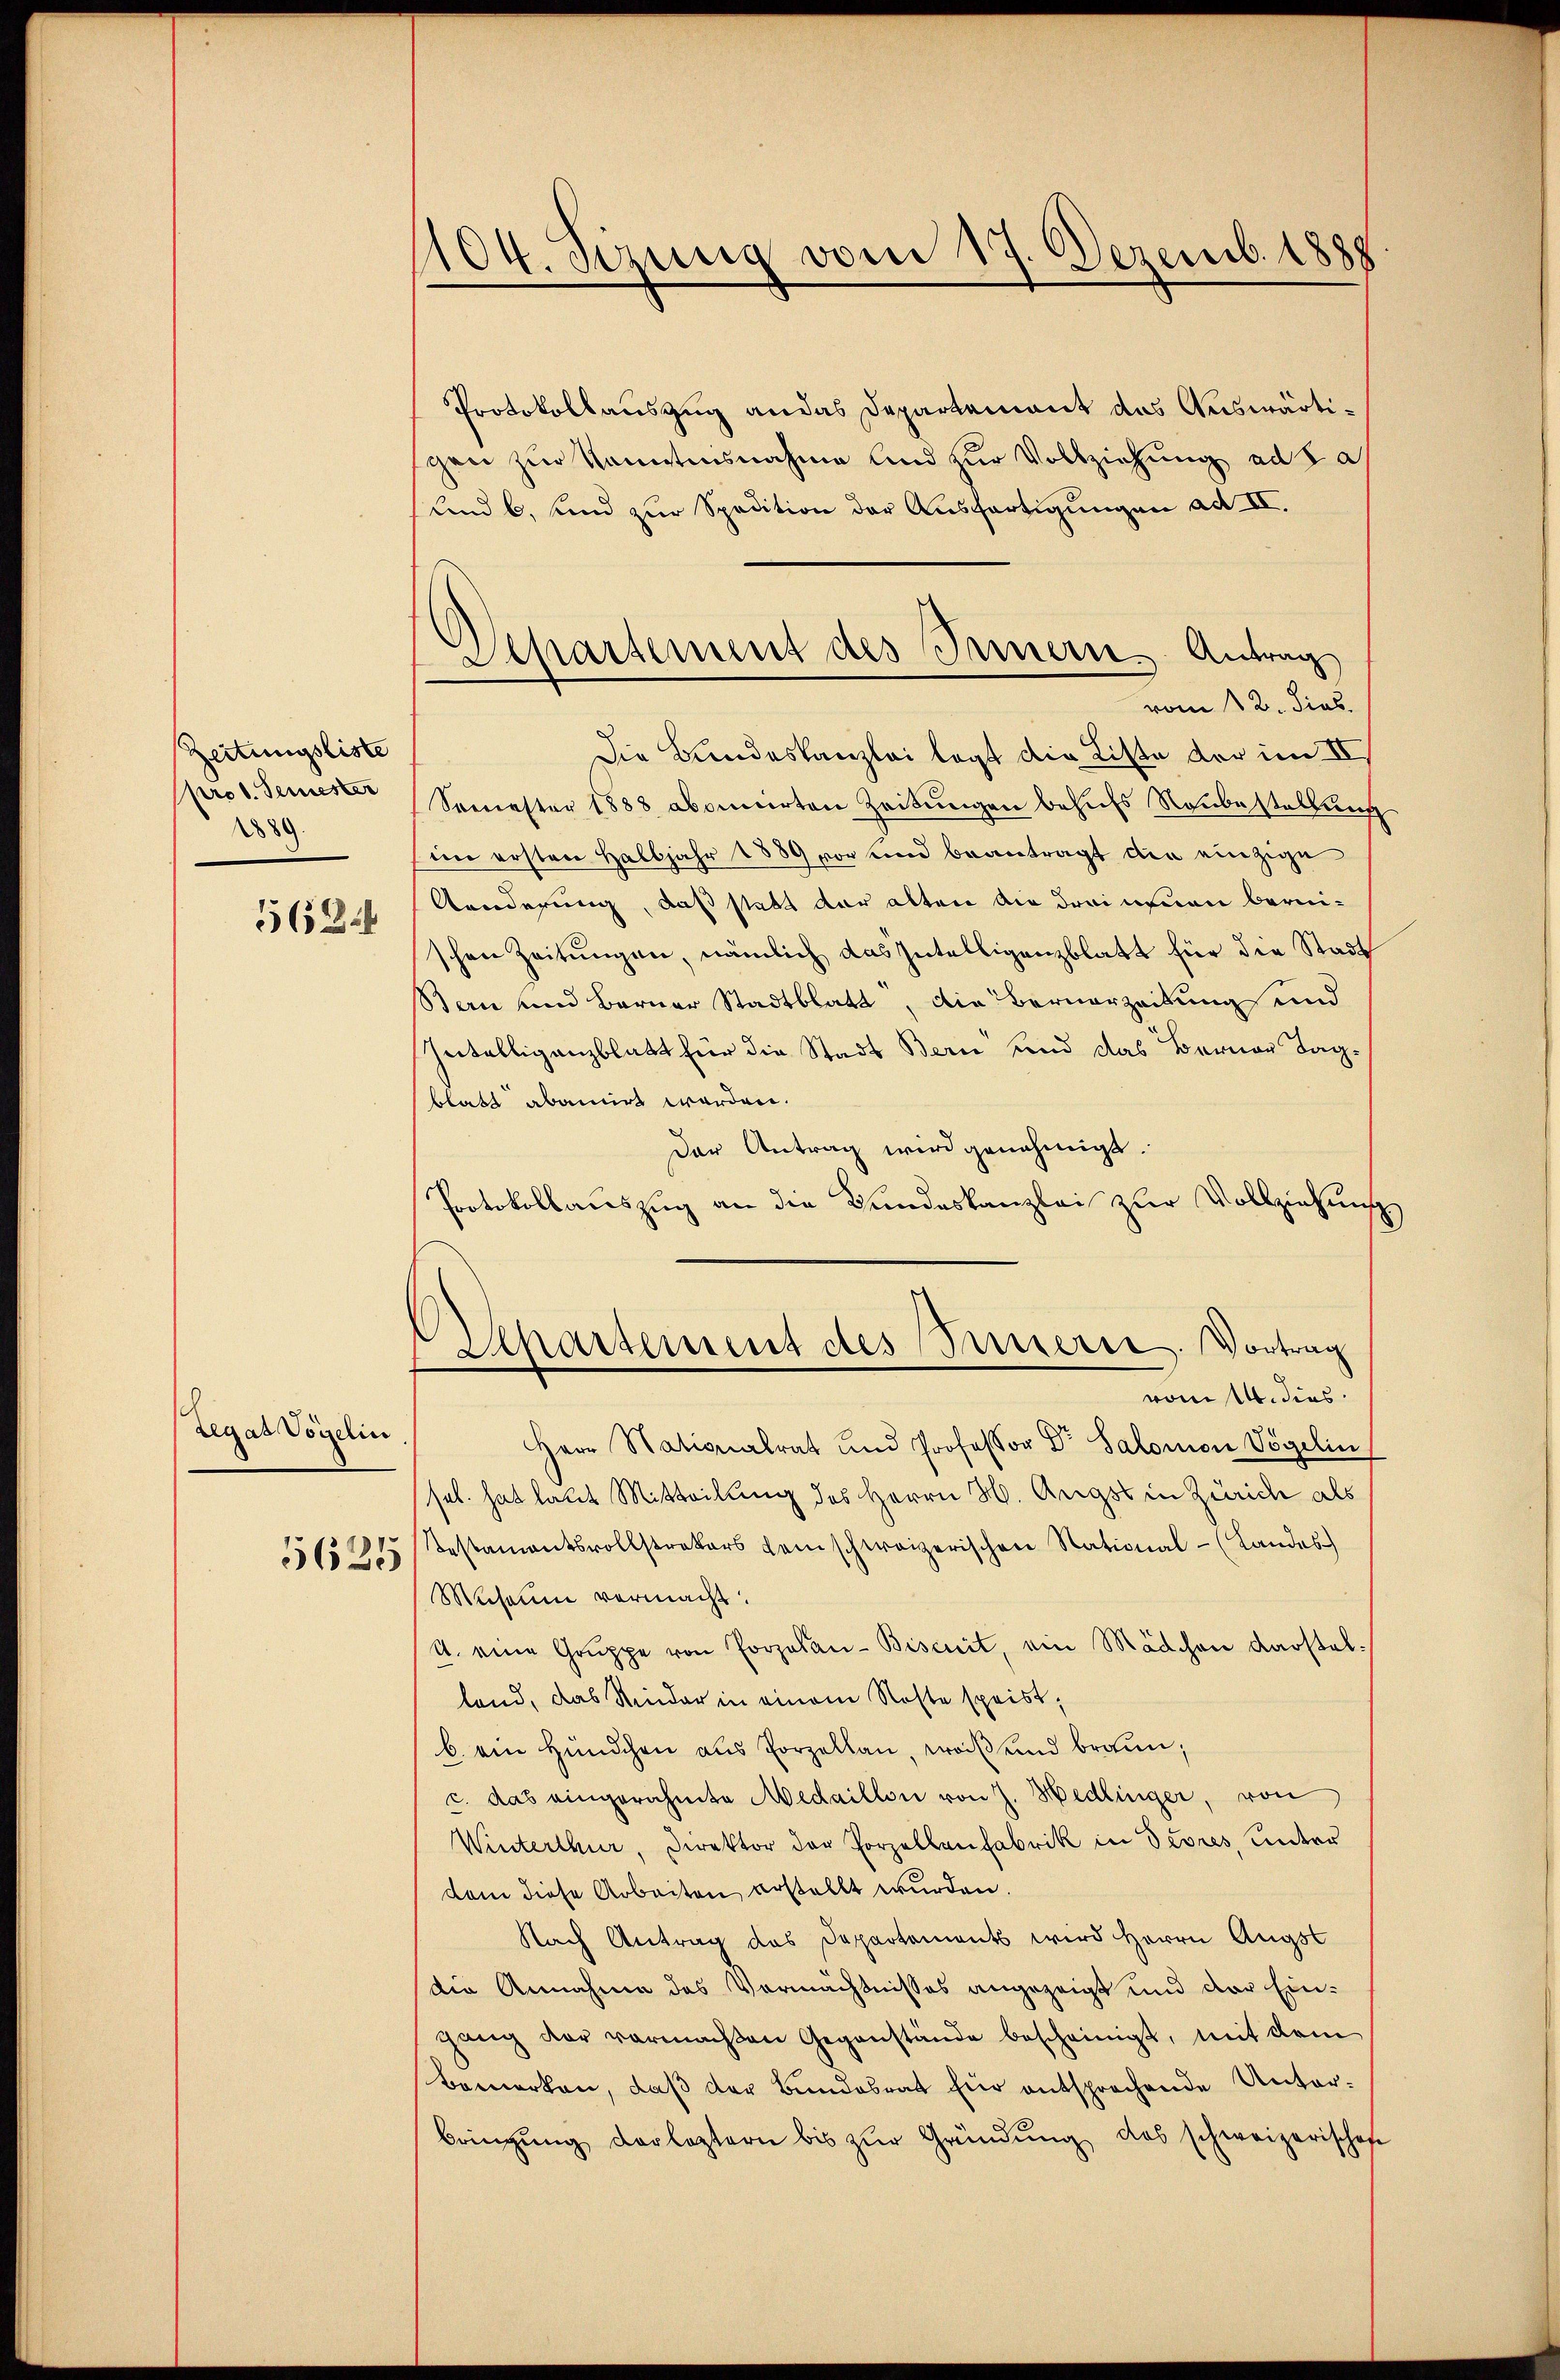
Zeitungsliste
pro 1. Semester
2889.
5624

Legat Vogelin
5625

104. Sizung vom 17. Dezemb. 1888

Protokollauszug an das Departement das Auswärtigen zur konntensnahme und zur Vollziehung ad Sa
und b. und zur Spedition der Ausfertigungen ad II.
Die Bandeskanzlei legt die Liste der im II
Semester 1888 abonnirten Zeitungen behufs Neubestellung
im ersten Halbjahr 1889 vor und beantragt die einzige
Aenderung, daß statt der alten die drei neuen bernischen Zeitungen, nämlich das Intelligenzblatt für die Stadt
Bern und Berner Stadtblatt, die Bernerzeitung und
Intelligenzblatt für die Stadt Bern und das Berner Tagblatt abamirt werden.
Der Antrag wird genehmigt.
Protokollauszug an die Bundeskanzlei zur Vollziehung
Apartement des Priserie. Vortrag
vom 14. dies
Herr Stationalrat und Professor Dr Salomon Vögelin
sel. hat laut Mitteilung des Herrn H. Angst in Zürich als
Testamentsvollstrekers dem schweizerischen National- (Landes
Michaum vermacht:
A. eine Gruppe von Porzelan-Bisenit, ein Mädchen darstelland, das Kinder in einem Neste speist;
b. ein Hündchen aus Porzellan, weiß und braun,
c. das eingerahmte Medaillon von J. Hedlinger, von
Winterthur, Direktor der Porzellenfabrik in Divres, unter
dem diese Arbeiten erstellt wurden.
Nach Antrag das Departements wird Herrn Augst
die Annahme des Vermächtnisses angezeigt und der Eingang der vermachten Gegenstände bescheinigt, mit dem
Bemerken, daß der Bundesrat für entsprochende Unter-
bringŭng der leztern bis zŭr Gründŭng das schweizerisches

Apartement des Innern Antrag
vom 12. dies.